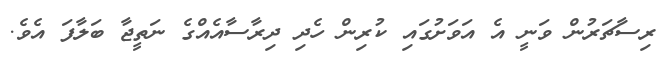
ރިސާޗަރުން ވަނީ އެ އަވަށުގައި ކުރިން ހެދި ދިރާސާއެއްގެ ނަތީޖާ ބަލާފަ އެވެ.